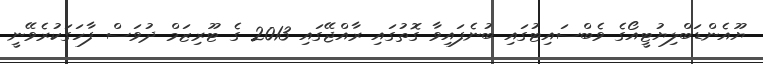
ޔޫއެންޑަބްލިޔުޓީއޯގެ ވެބްސައިޓުގައި ބުނެފައިވާ ގޮތުގައި ރާއްޖޭގައި 2013 ގެ ޓޫރިޒަމް ދުވަސް ފާހަގަކުރެވޭނީ